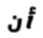
أن